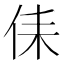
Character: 㑍